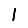
Digit: 1